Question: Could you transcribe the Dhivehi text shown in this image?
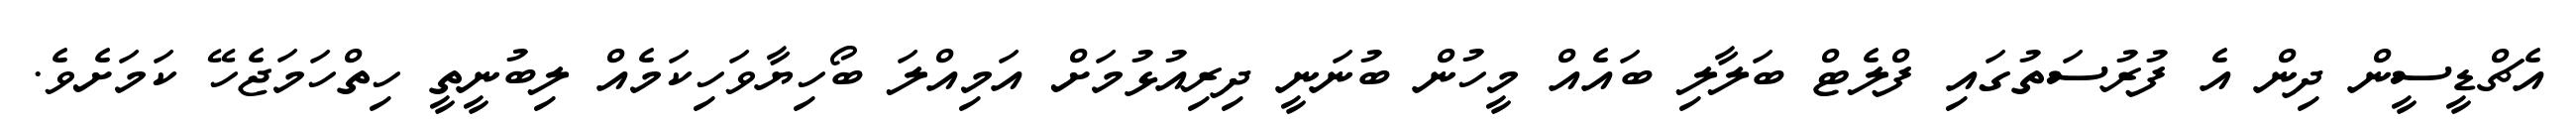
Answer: އެޗްޑީސީން ދިން އެ ފުރުސަތުގައި ފްލެޓް ބަލާލި ބައެއް މީހުން ބުނަނީ ދިރިއުޅުމަށް އަމިއްލަ ބޯހިޔާވަހިކަމެއް ލިބުނީތީ ހިތްހަމަޖެހޭ ކަމަށެވެ.